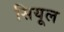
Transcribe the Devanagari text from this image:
सियूल